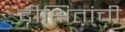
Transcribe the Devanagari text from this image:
दीक्षितांची